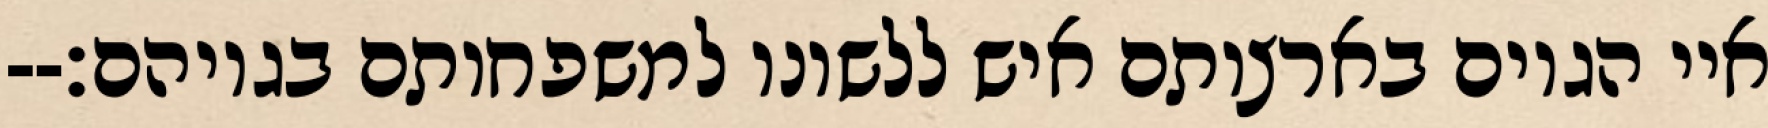
איי הגוים בארצותם איש ללשונו למשפחותם בגויהם׃--